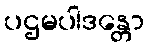
ပဌမပါဒန္တော